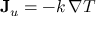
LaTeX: \mathbf { J } _ { u } = - k \, \nabla T